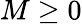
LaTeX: M\ge 0